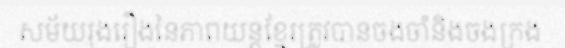
សម័យរុងរឿងនៃភាពយន្តខ្មែរត្រូវបានចងចាំនិងចងក្រង